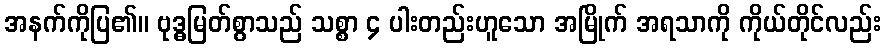
အနက်ကိုပြ၏။ ဗုဒ္ဓမြတ်စွာသည် သစ္စာ ၄ ပါးတည်းဟူသော အမြိုက် အရသာကို ကိုယ်တိုင်လည်း